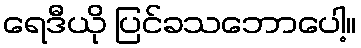
ရေဒီယို ပြင်ခသဘောပေါ့။